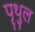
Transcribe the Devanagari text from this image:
पृथुल